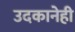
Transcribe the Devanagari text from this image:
उदकानेही